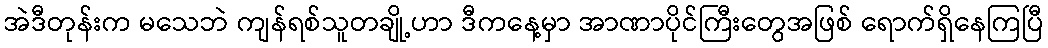
အဲဒီတုန်းက မသေဘဲ ကျန်ရစ်သူတချို့ဟာ ဒီကနေ့မှာ အာဏာပိုင်ကြီးတွေအဖြစ် ရောက်ရှိနေကြပြီ